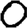
Digit: 0